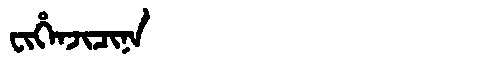
Manchu: ᠸᡳᡥᡝᠨᠵᡳᠴᡳᠨᠠ
Romanization: FIHENJICINA